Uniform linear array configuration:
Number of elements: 32
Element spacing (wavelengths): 0.5
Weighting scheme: uniform
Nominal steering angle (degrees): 30
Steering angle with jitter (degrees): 31.621
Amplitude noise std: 0.05
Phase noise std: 0.05

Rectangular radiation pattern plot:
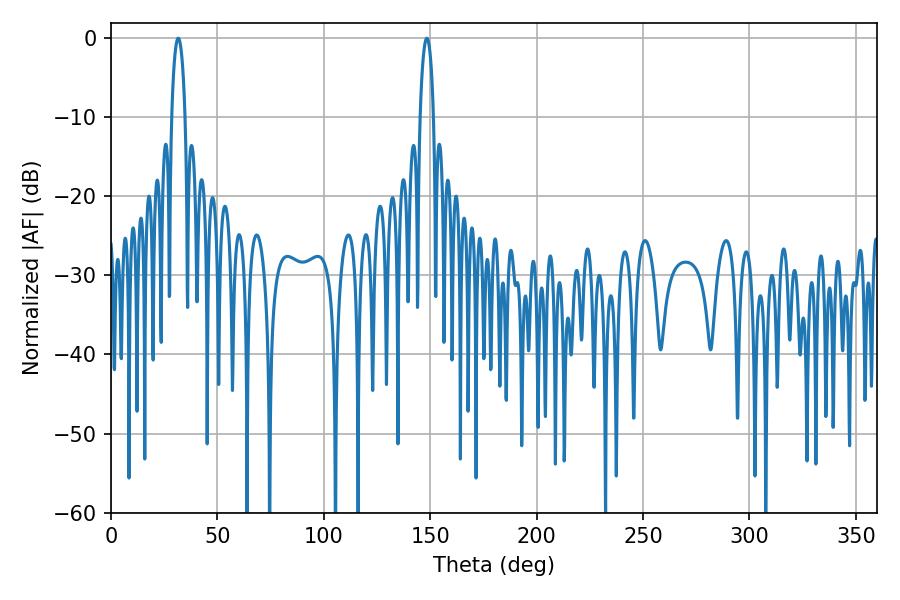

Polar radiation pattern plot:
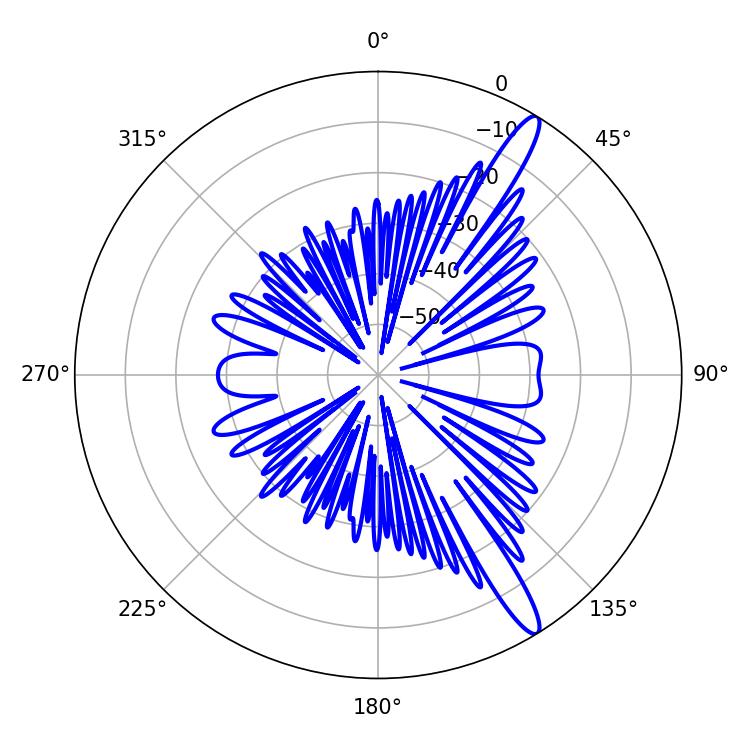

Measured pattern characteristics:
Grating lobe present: FALSE
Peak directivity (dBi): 14.19
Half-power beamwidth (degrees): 3.42
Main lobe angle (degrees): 31.5